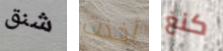
شنق أخذت كنغ